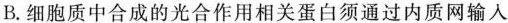
B. 细胞质中合成的光合作用相关蛋白须通过内质网输人